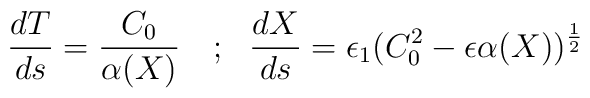
\frac{dT}{ds}= \frac{C_0}{\alpha (X)}\ \ \ ; \ \ \frac{dX}{ds}=\epsilon_1(C_0^2-\epsilon \alpha(X))^{\frac{1}{2}}